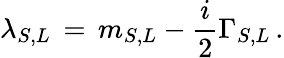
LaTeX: \lambda_{S,L}\, =\, m_{S,L}-\frac{i}{2}\Gamma_{S,L}\, .